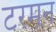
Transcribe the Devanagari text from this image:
टरमन